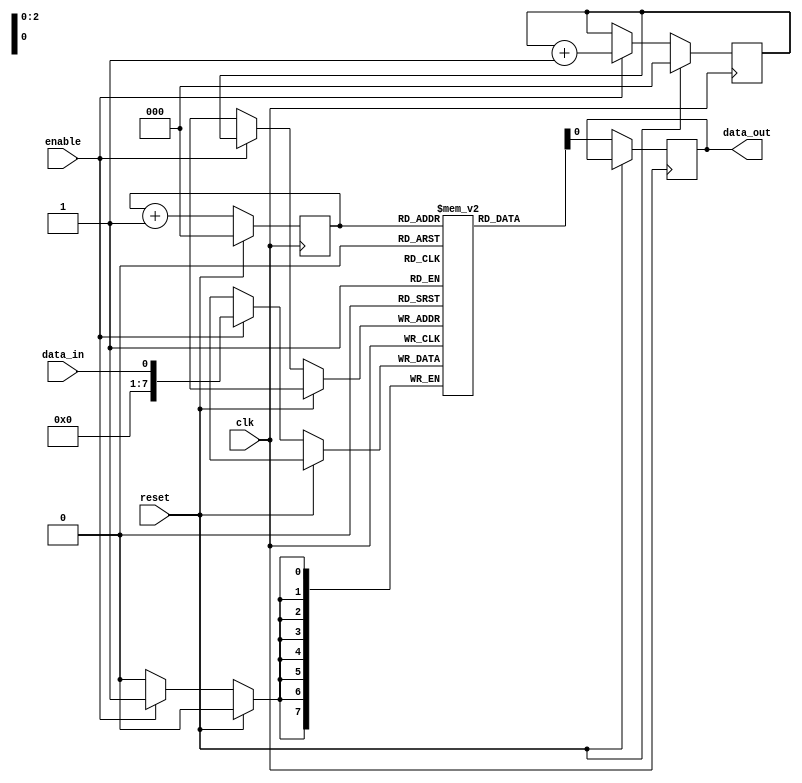
module fifo_buffer (
  input wire clk,
  input wire reset,
  input wire enable,
  input wire data_in,
  output wire data_out
);

parameter FIFO_DEPTH = 8; // Set FIFO depth to 8

reg [7:0] fifo [0:FIFO_DEPTH-1]; // Define FIFO buffer with 8 registers

reg [2:0] read_pointer = 0; // Read pointer initialized to 0
reg [2:0] write_pointer = 0; // Write pointer initialized to 0

always @(posedge clk) begin
  if (reset) begin
    read_pointer <= 0;
    write_pointer <= 0;
  end else begin
    if (enable) begin
      fifo[write_pointer] <= data_in;
      write_pointer <= write_pointer + 1;
    end
    data_out <= fifo[read_pointer];
    read_pointer <= read_pointer + 1;
  end
end

endmodule